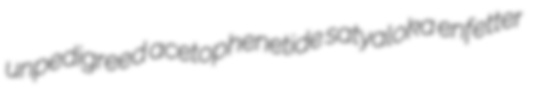
unpedigreed acetophenetide satyaloka enfetter